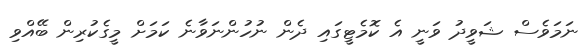
ނަމަވެސް ޝަވީދު ވަނީ އެ ކޮމެޓީގައި ދެން ނުހުންނަވާނެ ކަމަށް މީގެކުރިން ބޭއްވި